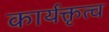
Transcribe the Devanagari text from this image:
कार्यक्तृत्व